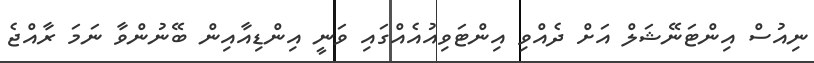
ނިއުސް އިންޓަނޭޝަލް އަށް ދެއްވި އިންޓަވިއުއެއްގައި ވަނީ އިންޑިއާއިން ބޭނުންވާ ނަމަ ރާއްޖެ